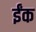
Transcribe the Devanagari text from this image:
ईंक